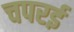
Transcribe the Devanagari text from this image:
चपरई